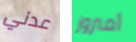
عدني أمبروز